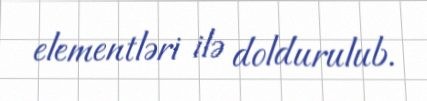
elementləri ilə doldurulub.